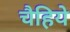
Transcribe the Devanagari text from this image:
चैहिये